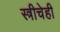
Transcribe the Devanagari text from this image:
स्त्रीचेही